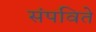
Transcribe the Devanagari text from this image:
संपविते